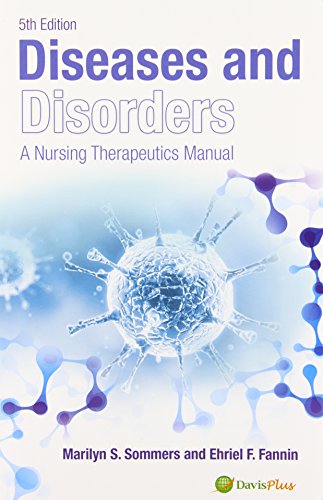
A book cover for Diseases and Disorders: A Nursing Therapeutics Manual (Diseases & Disorders); Marilyn Sawyer Sommers PhD  RN  FAAN; Medical Books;